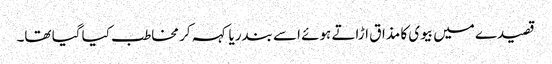
قصیدے میں بیوی کا مذاق اڑاتے ہوئے اسے بندریا کہہ کر مخاطب کیا گیا تھا۔